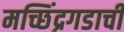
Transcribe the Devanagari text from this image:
मच्छिंद्रगडाची